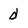
Character: d